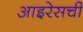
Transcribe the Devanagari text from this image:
आइरेसची